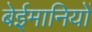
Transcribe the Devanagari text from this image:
बेईमानियों